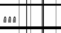
١٦٨